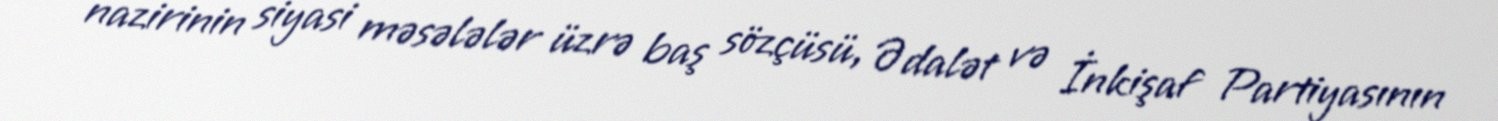
nazirinin siyasi məsələlər üzrə baş sözçüsü, Ədalət və İnkişaf Partiyasının